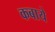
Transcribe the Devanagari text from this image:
कबाये